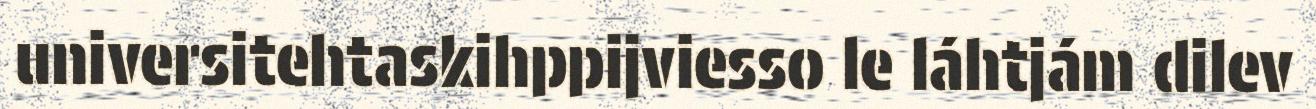
universitehtaskihppijviesso le láhtjám dilev